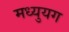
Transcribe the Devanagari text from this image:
मध्युयग